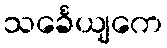
သင်္ခေယျကေ